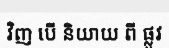
វិញ បើ និយាយ ពី ផ្លូវ